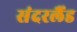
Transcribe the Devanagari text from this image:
संदरलैंड